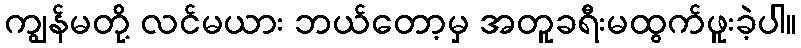
ကျွန်မတို့ လင်မယား ဘယ်တော့မှ အတူခရီးမထွက်ဖူးခဲ့ပါ။